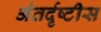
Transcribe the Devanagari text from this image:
अंतर्दृष्टीस